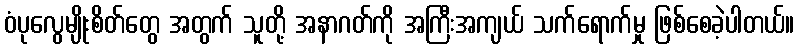
ဝံပုလွေမျိုးစိတ်တွေ အတွက် သူတို့ အနာဂတ်ကို အကြီးအကျယ် သက်ရောက်မှု ဖြစ်စေခဲ့ပါတယ်။